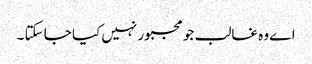
اے وہ غالب جو مجبور نہیں کیا جا سکتا ۔